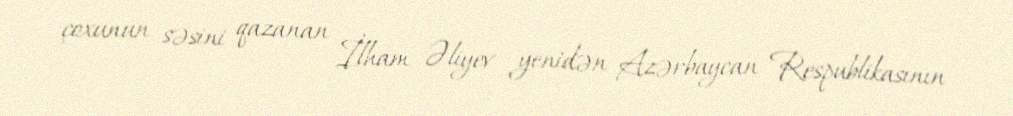
çoxunun səsini qazanan İlham Əliyev yenidən Azərbaycan Respublikasının